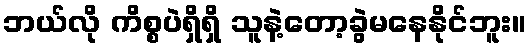
ဘယ်လို ကိစ္စပဲရှိရှိ သူနဲ့တော့ခွဲမနေနိုင်ဘူး။